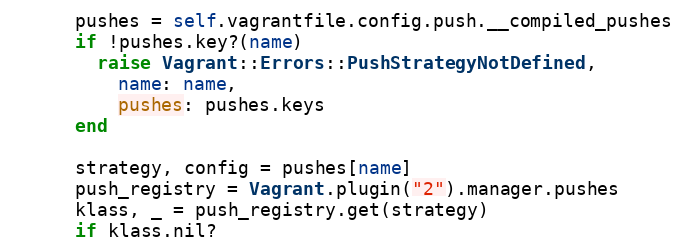
Language: Ruby
      pushes = self.vagrantfile.config.push.__compiled_pushes
      if !pushes.key?(name)
        raise Vagrant::Errors::PushStrategyNotDefined,
          name: name,
          pushes: pushes.keys
      end

      strategy, config = pushes[name]
      push_registry = Vagrant.plugin("2").manager.pushes
      klass, _ = push_registry.get(strategy)
      if klass.nil?